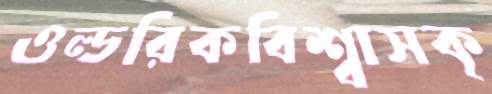
ওল্ডরিকবিশ্বাসকৃ